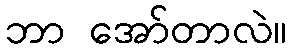
ဘာ အော်တာလဲ။